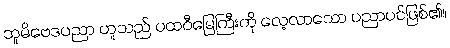
ဘူမိဗေဒပညာ ဟူသည် ပထဝီမြေကြီးကို လေ့လာသော ပညာပင်ဖြစ်၏။